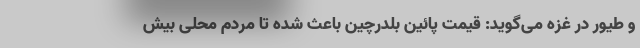
و طیور در غزه می‌گوید: قیمت پائین بلدرچین باعث شده تا مردم محلی بیش